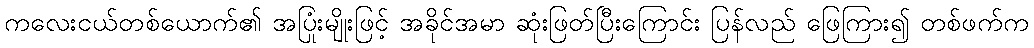
ကလေးငယ်တစ်ယောက်၏ အပြုံးမျိုးဖြင့် အခိုင်အမာ ဆုံးဖြတ်ပြီးကြောင်း ပြန်လည် ဖြေကြား၍ တစ်ဖက်က